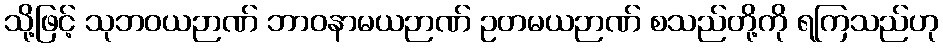
သို့ဖြင့် သုဘဝယဉာဏ် ဘာဝနာမယဉာဏ် ဥတမယဉာဏ် စသည်တို့ကို ရကြသည်ဟု